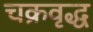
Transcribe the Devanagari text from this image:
चक्रवृद्ध